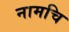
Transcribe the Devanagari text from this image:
नामचि